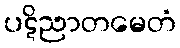
ပဋိညာတမေတံ